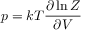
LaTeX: p = k T { \frac { \partial \ln Z } { \partial V } }